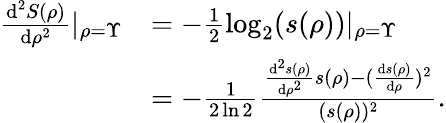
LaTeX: \begin{array}{rl}{\frac{\textrm{d}^{2}S(\rho)}{\textrm{d}\rho^{2}}|_{\rho=\Upsilon}}&{=-\frac{1}{2}\log_{2}(s(\rho))|_{\rho=\Upsilon}}\\ &{=-\frac{1}{2\ln 2}\frac{\frac{\textrm{d}^{2}s(\rho)}{\textrm{d}\rho^{2}}s(\rho)-(\frac{\textrm{d}s(\rho)}{\textrm{d}\rho})^{2}}{(s(\rho))^{2}}.}\end{array}